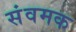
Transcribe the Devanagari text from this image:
संवमक